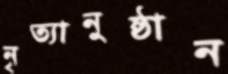
নৃত্যানুষ্ঠান